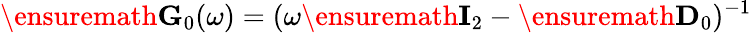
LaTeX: \ensuremath{\mathbf{G}}_{0}(\omega)=(\omega\ensuremath{\mathbf{I}}_{2}-\ensuremath{\mathbf{D}}_{0})^{-1}